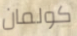
كولمان